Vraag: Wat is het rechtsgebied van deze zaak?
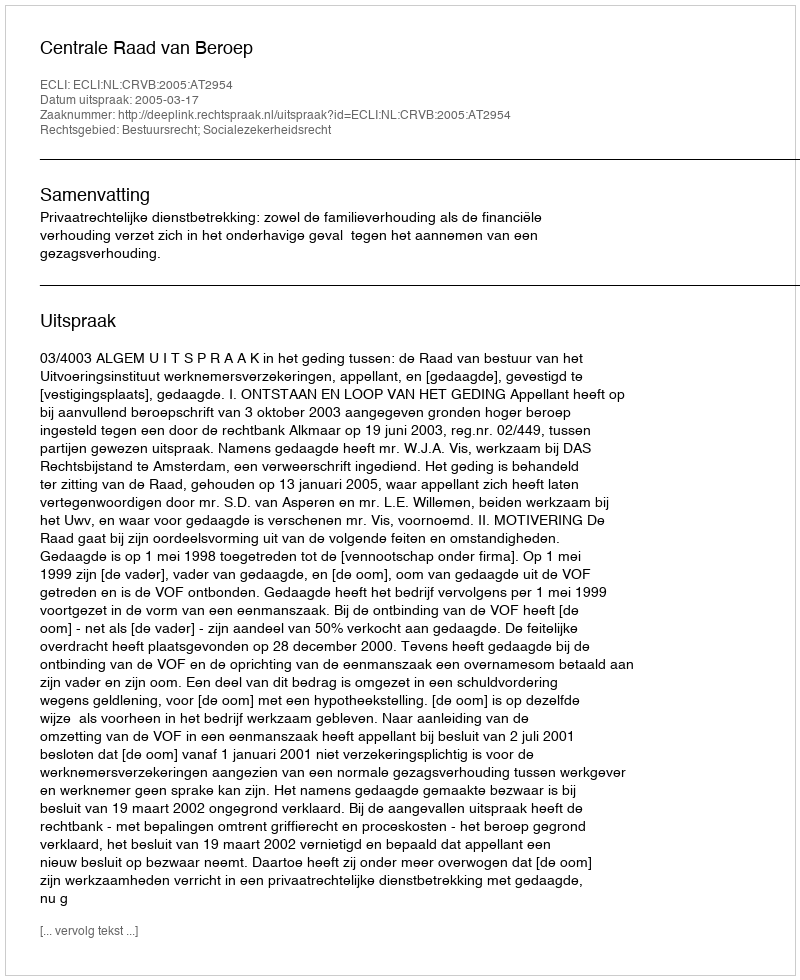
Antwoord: Bestuursrecht; Socialezekerheidsrecht